Lunatic asylums Madras 1877-1891 - 1877-1891
Year: 1877
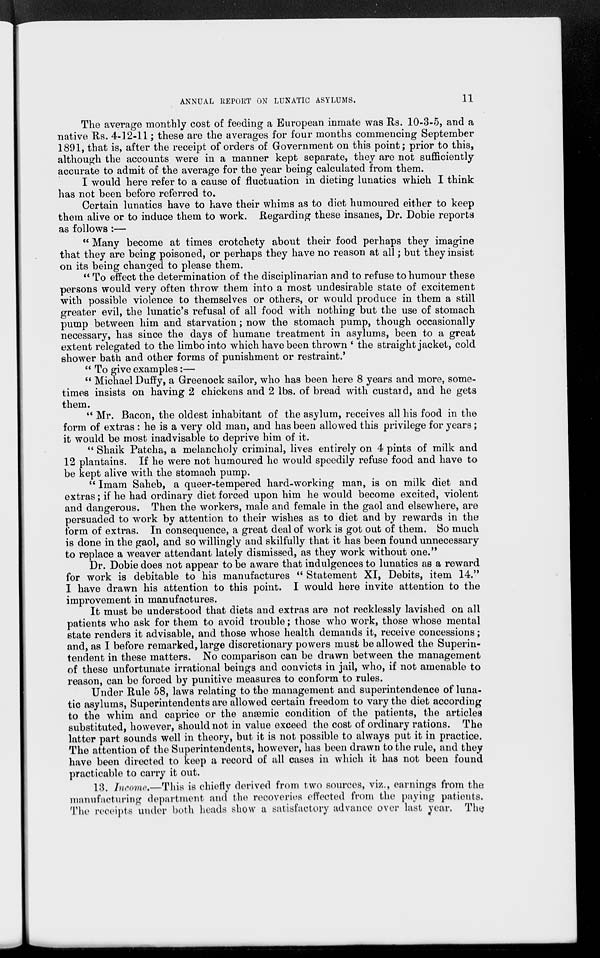
ANNUAL REPORT ON LUNATIC ASYLUMS.
11
The average monthly cost of feeding a European inmate was Rs. 10-3-5, and a
native Rs. 4-12-11 ; these are the averages for four months commencing September
1891, that is, after the receipt of orders of Government on this point; prior to this,
although the accounts were in a manner kept separate, they are not sufficiently
accurate to admit of the average for the year being calculated from them.
I would here refer to a cause of fluctuation in dieting lunatics which I think
has not been before referred to.
Certain lunatics have to have their whims as to diet humoured either to keep
them alive or to induce them to work. Regarding these insanes, Dr. Dobie reports
as follows :—
" Many become at times crotchety about their food perhaps they imagine
that they are being poisoned, or perhaps they have no reason at all ; but they insist
on its being changed to please them.
" To effect the determination of the disciplinarian and to refuse to humour these
persons would very often throw them into a most undesirable state of excitement
with possible violence to themselves or others, or would produce in them a still
greater evil, the lunatic's refusal of all food with nothing but the use of stomach
pump between him and starvation ; now the stomach pump, though occasionally
necessary, has since the days of humane treatment in asylums, been to a great
extent relegated to the limbo into which have been thrown ' the straight jacket, cold
shower bath and other forms of punishment or restraint.'
" To give examples :—
" Michael Duffy, a Greenock sailor, who has been here 8 years and more, some-
times insists on having 2 chickens and 2 lbs. of bread with custard, and he gets
them.
" Mr. Bacon, the oldest inhabitant of the asylum, receives all his food in the
form of extras : he is a very old man, and has been allowed this privilege for years ;
it would be most inadvisable to deprive him of it.
" Shaik Patcha, a melancholy criminal, lives entirely on 4 pints of milk and
12 plantains. If he were not humoured he would speedily refuse food and have to
be kept alive with the stomach pump.
" Imam Saheb, a queer-tempered hard-working man, is on milk diet and
extras ; if he had ordinary diet forced upon him he would become excited, violent
and dangerous. Then the workers, male and female in the gaol and elsewhere, are
persuaded to work by attention to their wishes as to diet and by rewards in the
form of extras. In consequence, a great deal of work is got out of them. So much
is done in the gaol, and so willingly and skilfully that it has been found unnecessary
to replace a weaver attendant lately dismissed, as they work without one."
Dr. Dobie does not appear to be aware that indulgences to lunatics as a reward
for work is debitable to his manufactures " Statement XI, Debits, item 14."
I have drawn his attention to this point. I would here invite attention to the
improvement in manufactures.
It must be understood that diets and extras are not recklessly lavished on all
patients who ask for them to avoid trouble ; those who work, those whose mental
state renders it advisable, and those whose health demands it, receive concessions;
and, as I before remarked, large discretionary powers must be allowed the Superin-
tendent in these matters. No comparison can be drawn between the management
of these unfortunate irrational beings and convicts in jail, who, if not amenable to
reason, can be forced by punitive measures to conform to rules.
Under Rule 58, laws relating to the management and superintendence of luna-
tic asylums, Superintendents are allowed certain freedom to vary the diet according
to the whim and caprice or the anæmic condition of the patients, the articles
substituted, however, should not in value exceed the cost of ordinary rations. The
latter part sounds well in theory, but it is not possible to always put it in practice.
The attention of the Superintendents, however, has been drawn to the rule, and they
have been directed to keep a record of all cases in which it has not been found
practicable to carry it out.
13. Income.—This is chiefly derived from two sources, viz., earnings from the
manufacturing department and the recoveries effected from the paying patients.
The receipts under both heads show a satisfactory advance over last year. The